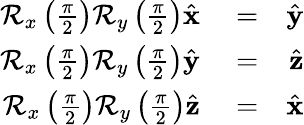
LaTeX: \begin{array}{rlr}{\mathcal{R}_{x}\left(\frac{\pi}{2}\right)\mathcal{R}_{y}\left(\frac{\pi}{2}\right)\hat{\mathbf x}}&{{}=}&{\hat{\mathbf y}}\\ {\mathcal{R}_{x}\left(\frac{\pi}{2}\right)\mathcal{R}_{y}\left(\frac{\pi}{2}\right)\hat{\mathbf y}}&{{}=}&{\hat{\mathbf z}}\\ {\mathcal{R}_{x}\left(\frac{\pi}{2}\right)\mathcal{R}_{y}\left(\frac{\pi}{2}\right)\hat{\mathbf z}}&{{}=}&{\hat{\mathbf x}}\end{array}